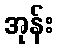
အုန်း